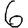
Digit: 6